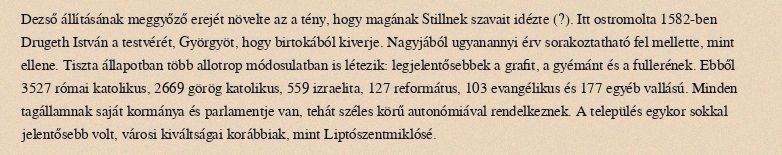
Dezső állításának meggyőző erejét növelte az a tény, hogy magának Stillnek szavait idézte (?). Itt ostromolta 1582-ben Drugeth István a testvérét, Györgyöt, hogy birtokából kiverje. Nagyjából ugyanannyi érv sorakoztatható fel mellette, mint ellene. Tiszta állapotban több allotrop módosulatban is létezik: legjelentősebbek a grafit, a gyémánt és a fullerének. Ebből 3527 római katolikus, 2669 görög katolikus, 559 izraelita, 127 református, 103 evangélikus és 177 egyéb vallású. Minden tagállamnak saját kormánya és parlamentje van, tehát széles körű autonómiával rendelkeznek. A település egykor sokkal jelentősebb volt, városi kiváltságai korábbiak, mint Liptószentmiklósé.